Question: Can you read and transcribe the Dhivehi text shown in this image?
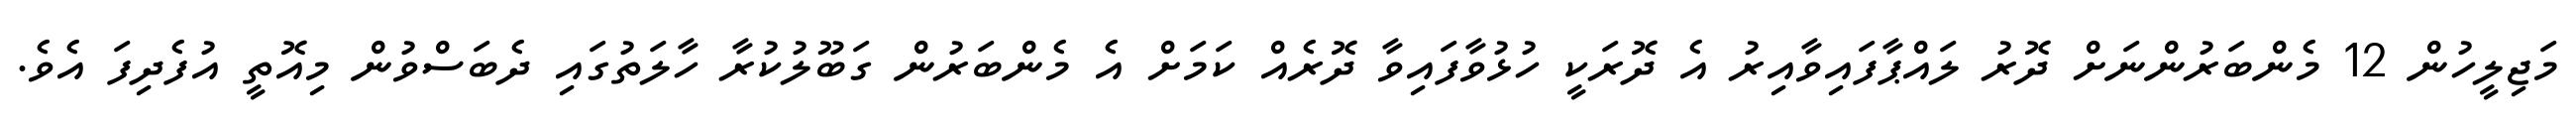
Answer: މަޖިލީހުން 12 މެންބަރުންނަށް ދޮރު ލައްޕާފައިވާއިރު އެ ދޮރަކީ ހުޅުވާފައިވާ ދޮރެއް ކަމަށް އެ މެންބަރުން ގަބޫލުކުރާ ހާލަތުގައި ދެބަސްވުން މިއޮތީ އުފެދިފަ އެވެ.